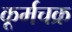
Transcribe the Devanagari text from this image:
कूर्मचक्र